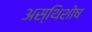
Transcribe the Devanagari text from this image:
अस्थिशोष